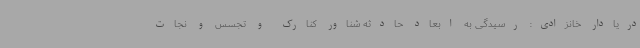
دریادار خانزادی: رسیدگی به ابعاد حادثه شناور کنارک و تجسس و نجات